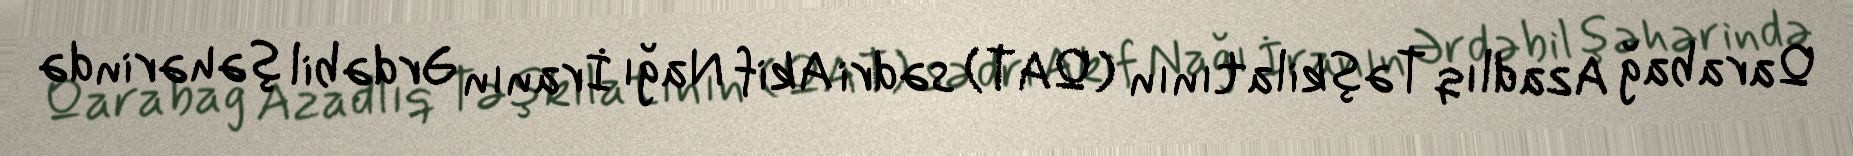
Qarabağ Azadlıq Təşkilatının (QAT) sədri Akif Nağı İranın Ərdəbil şəhərində